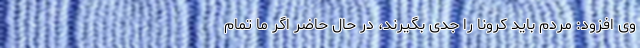
وی افزود: مردم باید کرونا را جدی بگیرند، در حال حاضر اگر ما تمام